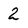
Character: 2